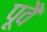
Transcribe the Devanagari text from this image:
पूवै